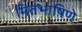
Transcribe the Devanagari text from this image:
मितभाषिणे